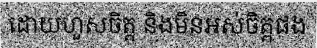
ដោយហួសចិត្ត និងមិនអស់ចិត្តផង